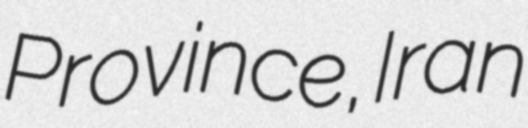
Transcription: Province, Iran